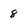
Character: 8